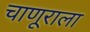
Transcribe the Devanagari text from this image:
चाणूराला